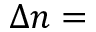
\Delta n =